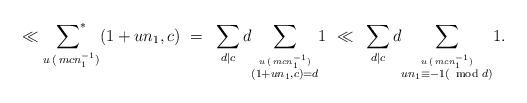
LaTeX: \begin{align*}\ll{\mathop{\sum\nolimits^*}\limits_{u\,(\, mcn_1^{-1}) } } (1+un_1, c)~=~ \sum_{d|c} d{\mathop{\sum\nolimits}\limits_{ \stackrel{u\,(\, mcn_1^{-1})}{ (1+un_1, c) = d } } }1 ~\ll~\sum_{d|c} d{\mathop{\sum\nolimits}\limits_{ \stackrel{u\,(\, mcn_1^{-1})}{ un_1 \equiv -1 (\!\!\!\mod d) } } } 1.\end{align*}